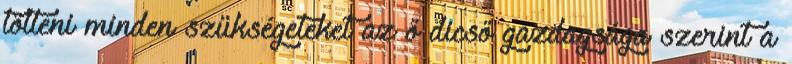
tölteni minden szükségeteket az ő dicső gazdagsága szerint a